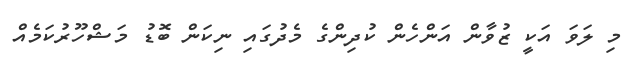
މި ލަވަ އަކީ ޒުވާން އަންހެން ކުދިންގެ މެދުގައި ނިކަން ބޮޑު މަޝްހޫރުކަމެއް